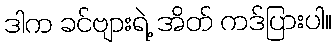
ဒါက ခင်ဗျားရဲ့ အိတ် ကဒ်ပြားပါ။